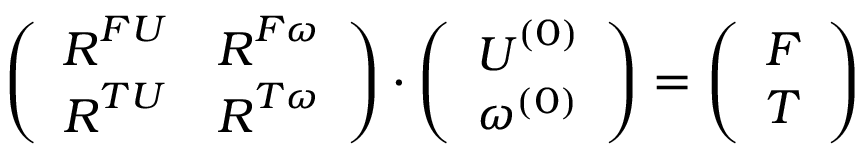
\left( \begin{array} { c c } { \boldsymbol { R } ^ { F U } } & { \boldsymbol { R } ^ { F \omega } } \\ { \boldsymbol { R } ^ { T U } } & { \boldsymbol { R } ^ { T \omega } } \end{array} \right) \cdot \left( \begin{array} { c } { \boldsymbol { U } ^ { ( 0 ) } } \\ { \omega ^ { ( 0 ) } } \end{array} \right) = \left( \begin{array} { c } { \boldsymbol { F } } \\ { \boldsymbol { T } } \end{array} \right)